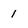
Character: 1